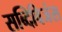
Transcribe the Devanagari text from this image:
सब्दिविजंस